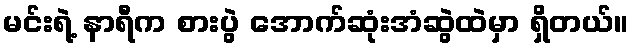
မင်းရဲ့ နာရီက စားပွဲ အောက်ဆုံးအံဆွဲထဲမှာ ရှိတယ်။